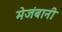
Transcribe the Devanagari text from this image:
मेजंबानी